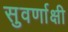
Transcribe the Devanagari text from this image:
सुवर्णाक्षी